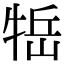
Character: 𤙿